Lunatic asylums Madras 1892-1911 - 1892-1911
Year: 1892
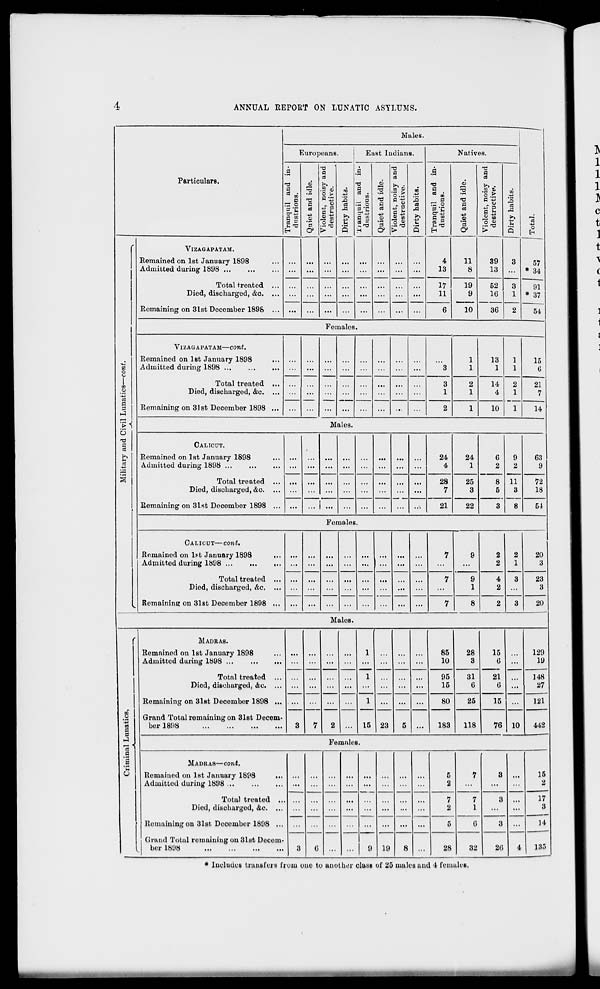
ANNUAL REPORT ON LUNATTC ASYLUMS.
Males.
"3
o
H
57
* 34
91
* 37
54
Particulars.
,
Europeans.
East Indians.
Natives.
a
a
P
3.°
a g
6
a
CO
-*3
'5
a
a
eg
fc»
52 o
o t»
fl'JS
o
ti a
0 »-
i| o $
>
10
'2
d
to
P
§
03
_ P
H O
a «
CD
P
•*=
P
a
p
cS
03 Cv
8 .ft
« 2
p fe
S »
>
09
IS
c3
-P
!*>
R
i
p
*
DO
^§
cr+3
B 8
CO
-
CO
is
13
p
CS
.2
'3
C?
Violent, noisy and
destructive.
03
13
Q
"S o
1
m
_o
'■ C
ca
a
P
b
h>
3
1
s
VlZAGAPATAM.
Remained on 1st January 1898
Admitted during 1898
Total treated ...
Died, discharged, &c. ...
Remaining on 31st December 1898 ...
...
...
...
...
...
...
...
...
4
13
11
8
39
13
3
...
17
11
19
9
52
1G
3
1
...
...
...
...
6
10
36
2
Females.
VlZAGAPATAM—COI/lt.
Remained on 1st January 1898
Admitted during 1898 ...
Total treated ...
Died, discharged, &c. ...
Remaining on 31st December 1898 ...
...
...
...
...
...
...
...
3
3
1
1
1
13
1
1
1
15
G
=
...
2
1
14
4
2
1
21
7
...
2
1
10
1
14
Males.
CALICUT.
Remained on 1st January 1898
Admitted daring 1898
Total treated ...
Died, discharged, &c. ...
Remaining on 31st December 1898 ...
...
...
...
...
...
...
...
...
24
4
24
1
G
2
9
2
11
3
8
63
9
...
...
...
28
7
25
3
8
5
72
18
... 1 ...
...
21
22
3
54
Females.
CALICUT—cont.
Remained on 1st January 1898
,..
Admitted during 1898 ...
...
,..
Total treated ...
Died, dischai'ged, &c, ...
Remaining on 31st December 1898 ...
...
...
...
...
...
...
...
...
7
9
2
2
2
1
3
3
20
3
7
9
1
4
2
23
8
7
8
2
20
Males.
i •2 1
3
c
|
MADRAS.
Remained on 1st January 1898
Admitted during 1898
Total treated ...
Died, discharged, &c. ...
Remaining on 31st December 1898 ...
Grand Total remaining on 3l8t Decem-
ber 1898
3
7 2 |...
1
1
1
15 1 23 5
...
85
10
28
3
15
G
21
G
10
129
19
95
15
31
6
148
27
80
25
15
121
183
118 1 76
1
442
Females.
MADRAS—cont.
Remained on 1st January 1898
...
Admitted during 1898 ...
Total treatod ..
Died, discharged, &e. ...
Remaining on 31st December 1898 ...
Grand Total remaining on 31st Decem-
ber 1898
3
G
...
...
...
...
5
2
7
3 ...
15
2
7
2
7
1
G
3
17
3
5
3
4
14
1
...
9 19
8 ...
28
32
2(J
135
* Include! transfers from ono to unothor class of 25 males and 4 females.